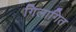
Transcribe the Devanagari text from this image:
गिलागित